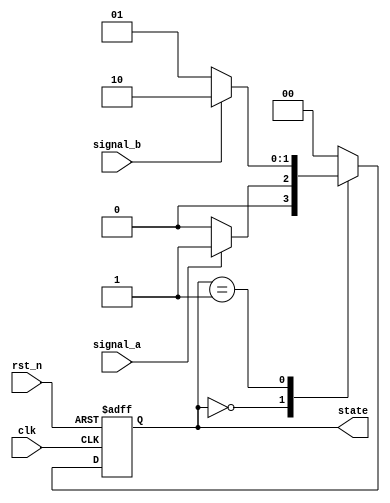
module event_control_example(
    input wire clk,            // Clock input
    input wire rst_n,         // Active low reset
    input wire signal_a,      // Input signal to trigger events
    input wire signal_b,      // Another input signal to trigger events
    output reg [1:0] state    // State output
);

// State encoding
localparam STATE_IDLE = 2'b00;
localparam STATE_ACTIVE = 2'b01;
localparam STATE_DONE = 2'b10;

// Internal signal for state transitions
reg [1:0] next_state;

// Always block for state management and event handling
always @(posedge clk or negedge rst_n) begin
    if (!rst_n) begin
        state <= STATE_IDLE; // Reset state
    end else begin
        state <= next_state; // Update state
    end
end

// Always block to determine next state based on input signals
always @(*) begin
    case (state)
        STATE_IDLE: begin
            if (signal_a) begin
                next_state = STATE_ACTIVE; // Transition to active state
            end else begin
                next_state = STATE_IDLE; // Remain in idle state
            end
        end

        STATE_ACTIVE: begin
            if (signal_b) begin
                next_state = STATE_DONE; // Transition to done state
            end else begin
                next_state = STATE_ACTIVE; // Remain in active state
            end
        end

        STATE_DONE: begin
            next_state = STATE_IDLE; // Transition back to idle state
        end

        default: begin
            next_state = STATE_IDLE; // Default to idle
        end
    endcase
end

endmodule